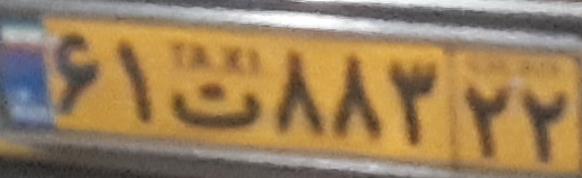
۶۱ت۸۸۳۲۲